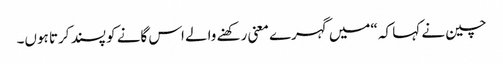
چین نے کہا کہ “میں گہرے معنی رکھنے والے اس گانے کو پسند کرتا ہوں۔